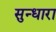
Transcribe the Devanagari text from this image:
सुन्धारा